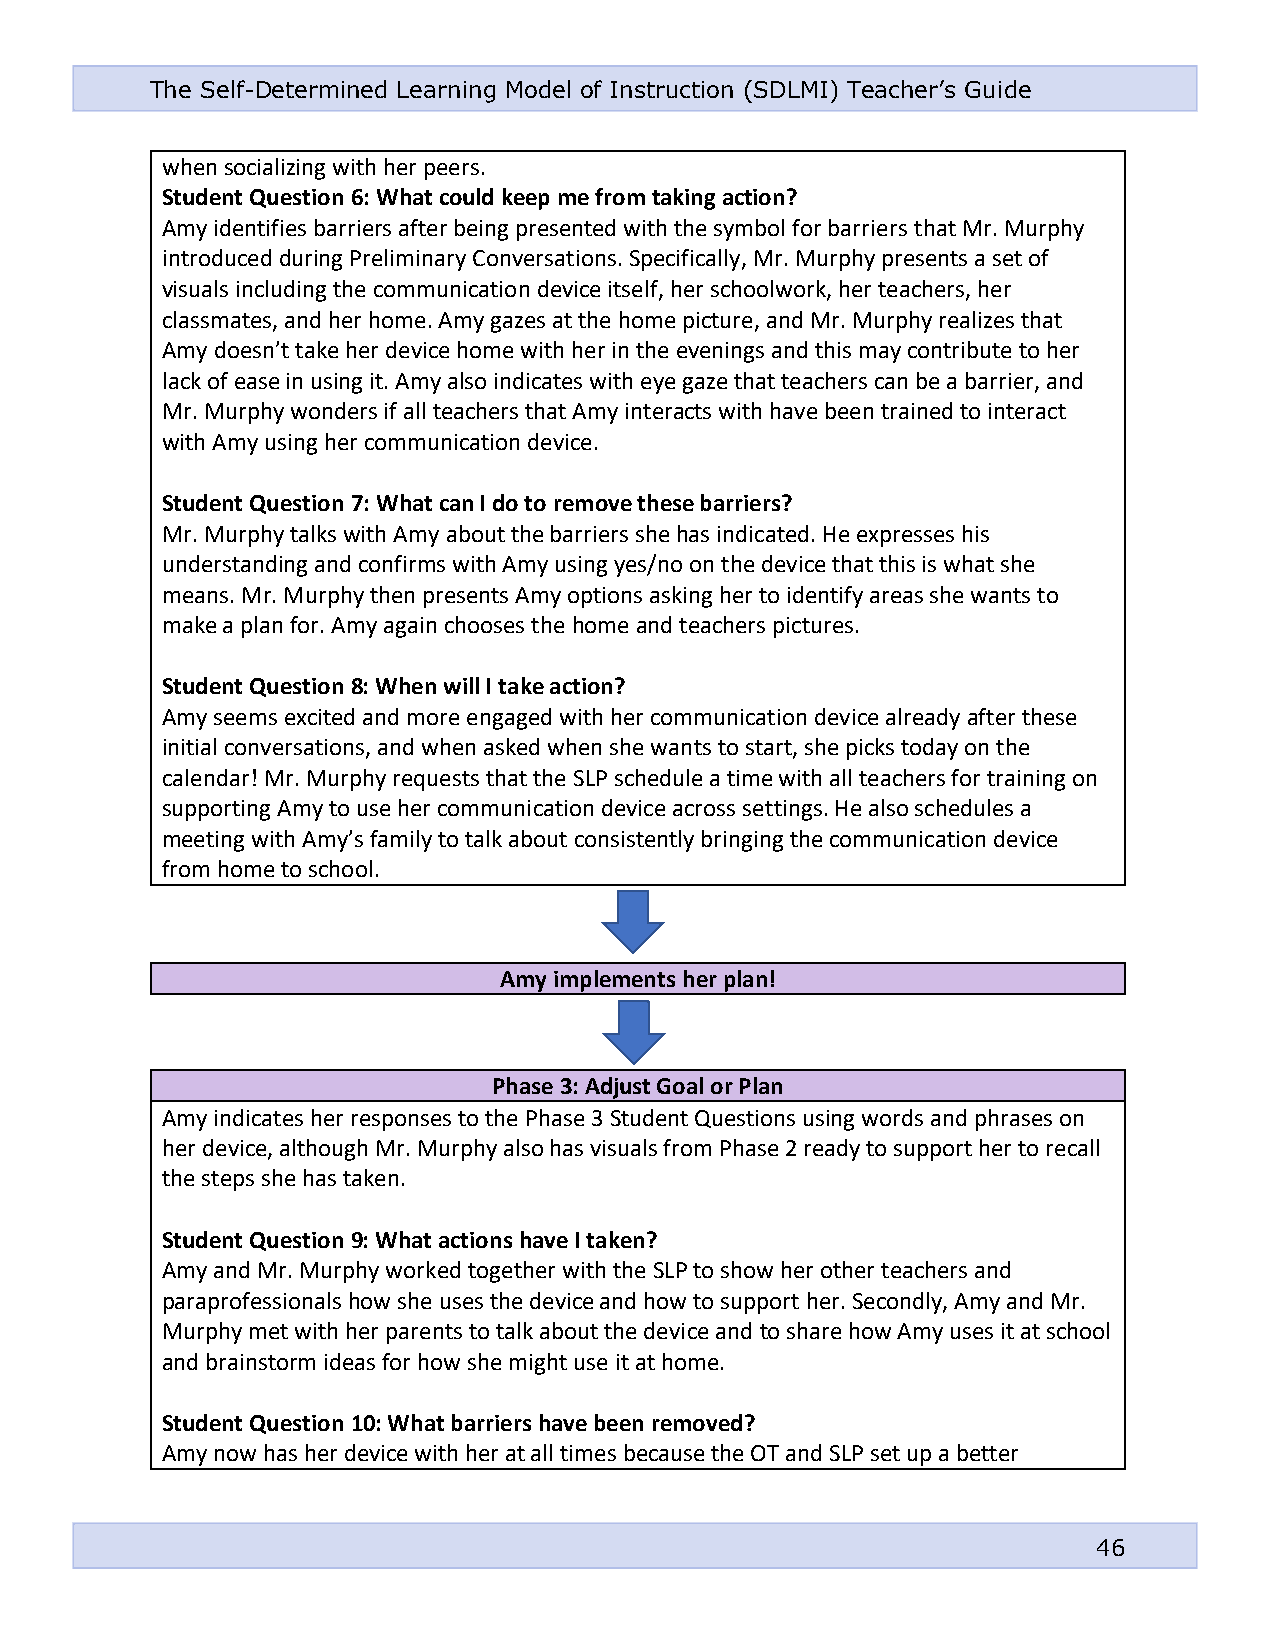
The Self-Determined Learning Model of Instruction (SDLMI) Teacher’s Guide
 when socializing with her peers.
 Student Question 6: What could keep me from taking action?
 Amy identifies barriers after being presented with the symbol for barriers that Mr. Murphy
 introduced during Preliminary Conversations. Specifically, Mr. Murphy presents a set of
 visuals including the communication device itself, her schoolwork, her teachers, her
 classmates, and her home. Amy gazes at the home picture, and Mr. Murphy realizes that
 Amy doesn’t take her device home with her in the evenings and this may contribute to her
 lack of ease in using it. Amy also indicates with eye gaze that teachers can be a barrier, and
 Mr. Murphy wonders if all teachers that Amy interacts with have been trained to interact
 with Amy using her communication device.
 Student Question 7: What can I do to remove these barriers?
 Mr. Murphy talks with Amy about the barriers she has indicated. He expresses his
 understanding and confirms with Amy using yes/no on the device that this is what she
 means. Mr. Murphy then presents Amy options asking her to identify areas she wants to
 make a plan for. Amy again chooses the home and teachers pictures.
 Student Question 8: When will I take action?
 Amy seems excited and more engaged with her communication device already after these
 initial conversations, and when asked when she wants to start, she picks today on the
 calendar! Mr. Murphy requests that the SLP schedule a time with all teachers for training on
 supporting Amy to use her communication device across settings. He also schedules a
 meeting with Amy’s family to talk about consistently bringing the communication device
 from home to school.
 Amy implements her plan!
 Phase 3: Adjust Goal or Plan
 Amy indicates her responses to the Phase 3 Student Questions using words and phrases on
 her device, although Mr. Murphy also has visuals from Phase 2 ready to support her to recall
 the steps she has taken.
 Student Question 9: What actions have I taken?
 Amy and Mr. Murphy worked together with the SLP to show her other teachers and
 paraprofessionals how she uses the device and how to support her. Secondly, Amy and Mr.
 Murphy met with her parents to talk about the device and to share how Amy uses it at school
 and brainstorm ideas for how she might use it at home.
 Student Question 10: What barriers have been removed?
 Amy now has her device with her at all times because the OT and SLP set up a better
 46